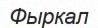
Фыркал